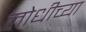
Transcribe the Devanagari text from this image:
लोधीच्या